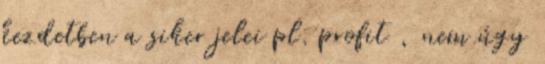
kezdetben a siker jelei pl. profit , nem úgy